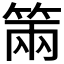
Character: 𥮩